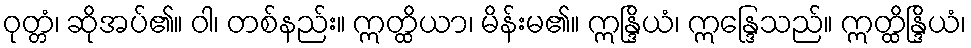
ဝုတ္တံ၊ ဆိုအပ်၏။ ဝါ၊ တစ်နည်း။ ဣတ္ထိယာ၊ မိန်းမ၏။ ဣန္ဒြိယံ၊ ဣန္ဒြေသည်။ ဣတ္ထိန္ဒြိယံ၊